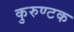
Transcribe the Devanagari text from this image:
कुरुण्टक